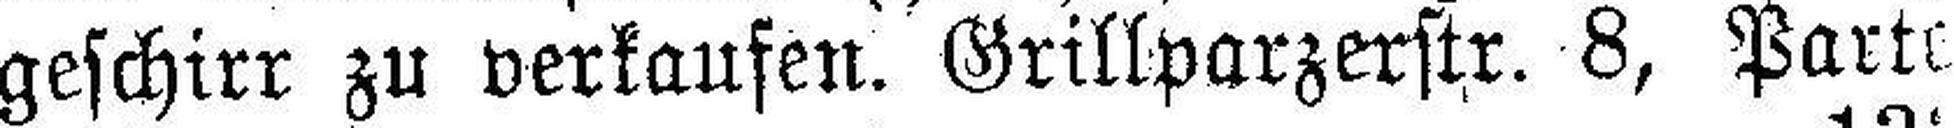
geschirr zu verkaufen. Grillparzerstr. 8, Parte